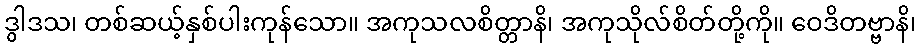
ဒွါဒသ၊ တစ်ဆယ့်နှစ်ပါးကုန်သော။ အကုသလစိတ္တာနိ၊ အကုသိုလ်စိတ်တို့ကို။ ဝေဒိတဗ္ဗာနိ၊